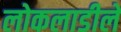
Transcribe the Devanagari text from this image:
लोकलाडीले